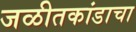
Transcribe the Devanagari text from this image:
जळीतकांडाचा